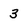
Character: 3